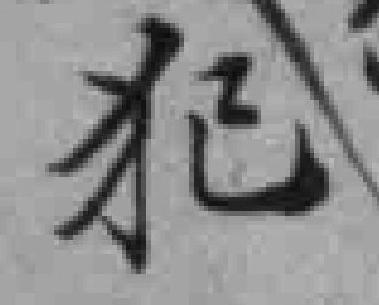
犯